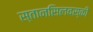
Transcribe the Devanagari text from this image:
स्तानसिलवस्की